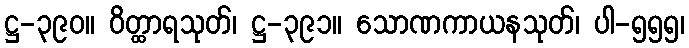
ဋ္ဌ-၃၉၀။ ဝိတ္ထာရသုတ်၊ ဋ္ဌ-၃၉၁။ သောဏကာယနသုတ်၊ ပါ-၅၅၅၊